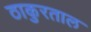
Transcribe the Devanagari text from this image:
ठाकुरताल